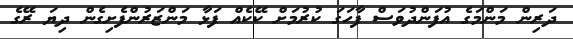
ދަރިން މަންމަގެ އުފަންދުވަސް ފާހަގަ ކުރުމަށް ކޭކެއް ފަޅާ މަންޒަރުންފެށިގެން ދިޔަ ރޭގެ